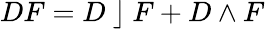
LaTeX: DF=D~\rfloor~F+D\wedge F